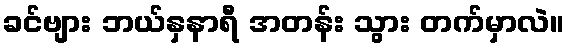
ခင်ဗျား ဘယ်နှနာရီ အတန်း သွား တက်မှာလဲ။